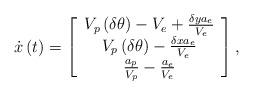
LaTeX: \begin{align*}\dot{x}\left(t\right)=\left[\begin{array}{c}V_{p}\left(\delta\theta\right)-V_{e}+\frac{\delta ya_{e}}{V_{e}}\\V_{p}\left(\delta\theta\right)-\frac{\delta xa_{e}}{V_{e}}\\\frac{a_{p}}{V_{p}}-\frac{a_{e}}{V_{e}}\end{array}\right],\end{align*}